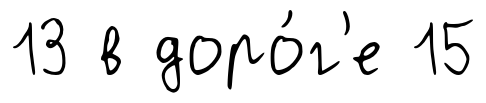
13 в доро́г'е 15